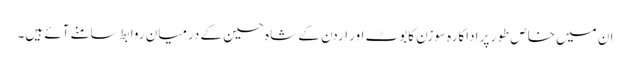
ان میں خاص طور پر اداکارہ سوزن کابوٹ اور اردن کے شاہ حسین کے درمیان روابط سامنے آئے ہیں۔